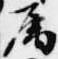
属